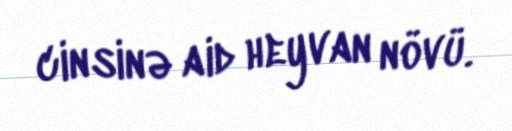
cinsinə aid heyvan növü.